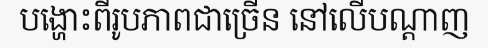
បង្ហោះពីរូបភាពជាច្រើន នៅលើបណ្តាញ